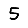
Digit: 5